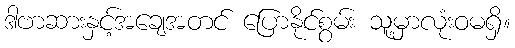
ဒါဗာဆားနှင့်အချေအတင် ပြောနိုင်စွမ်း သူ့မှာလုံးဝမရှိ။